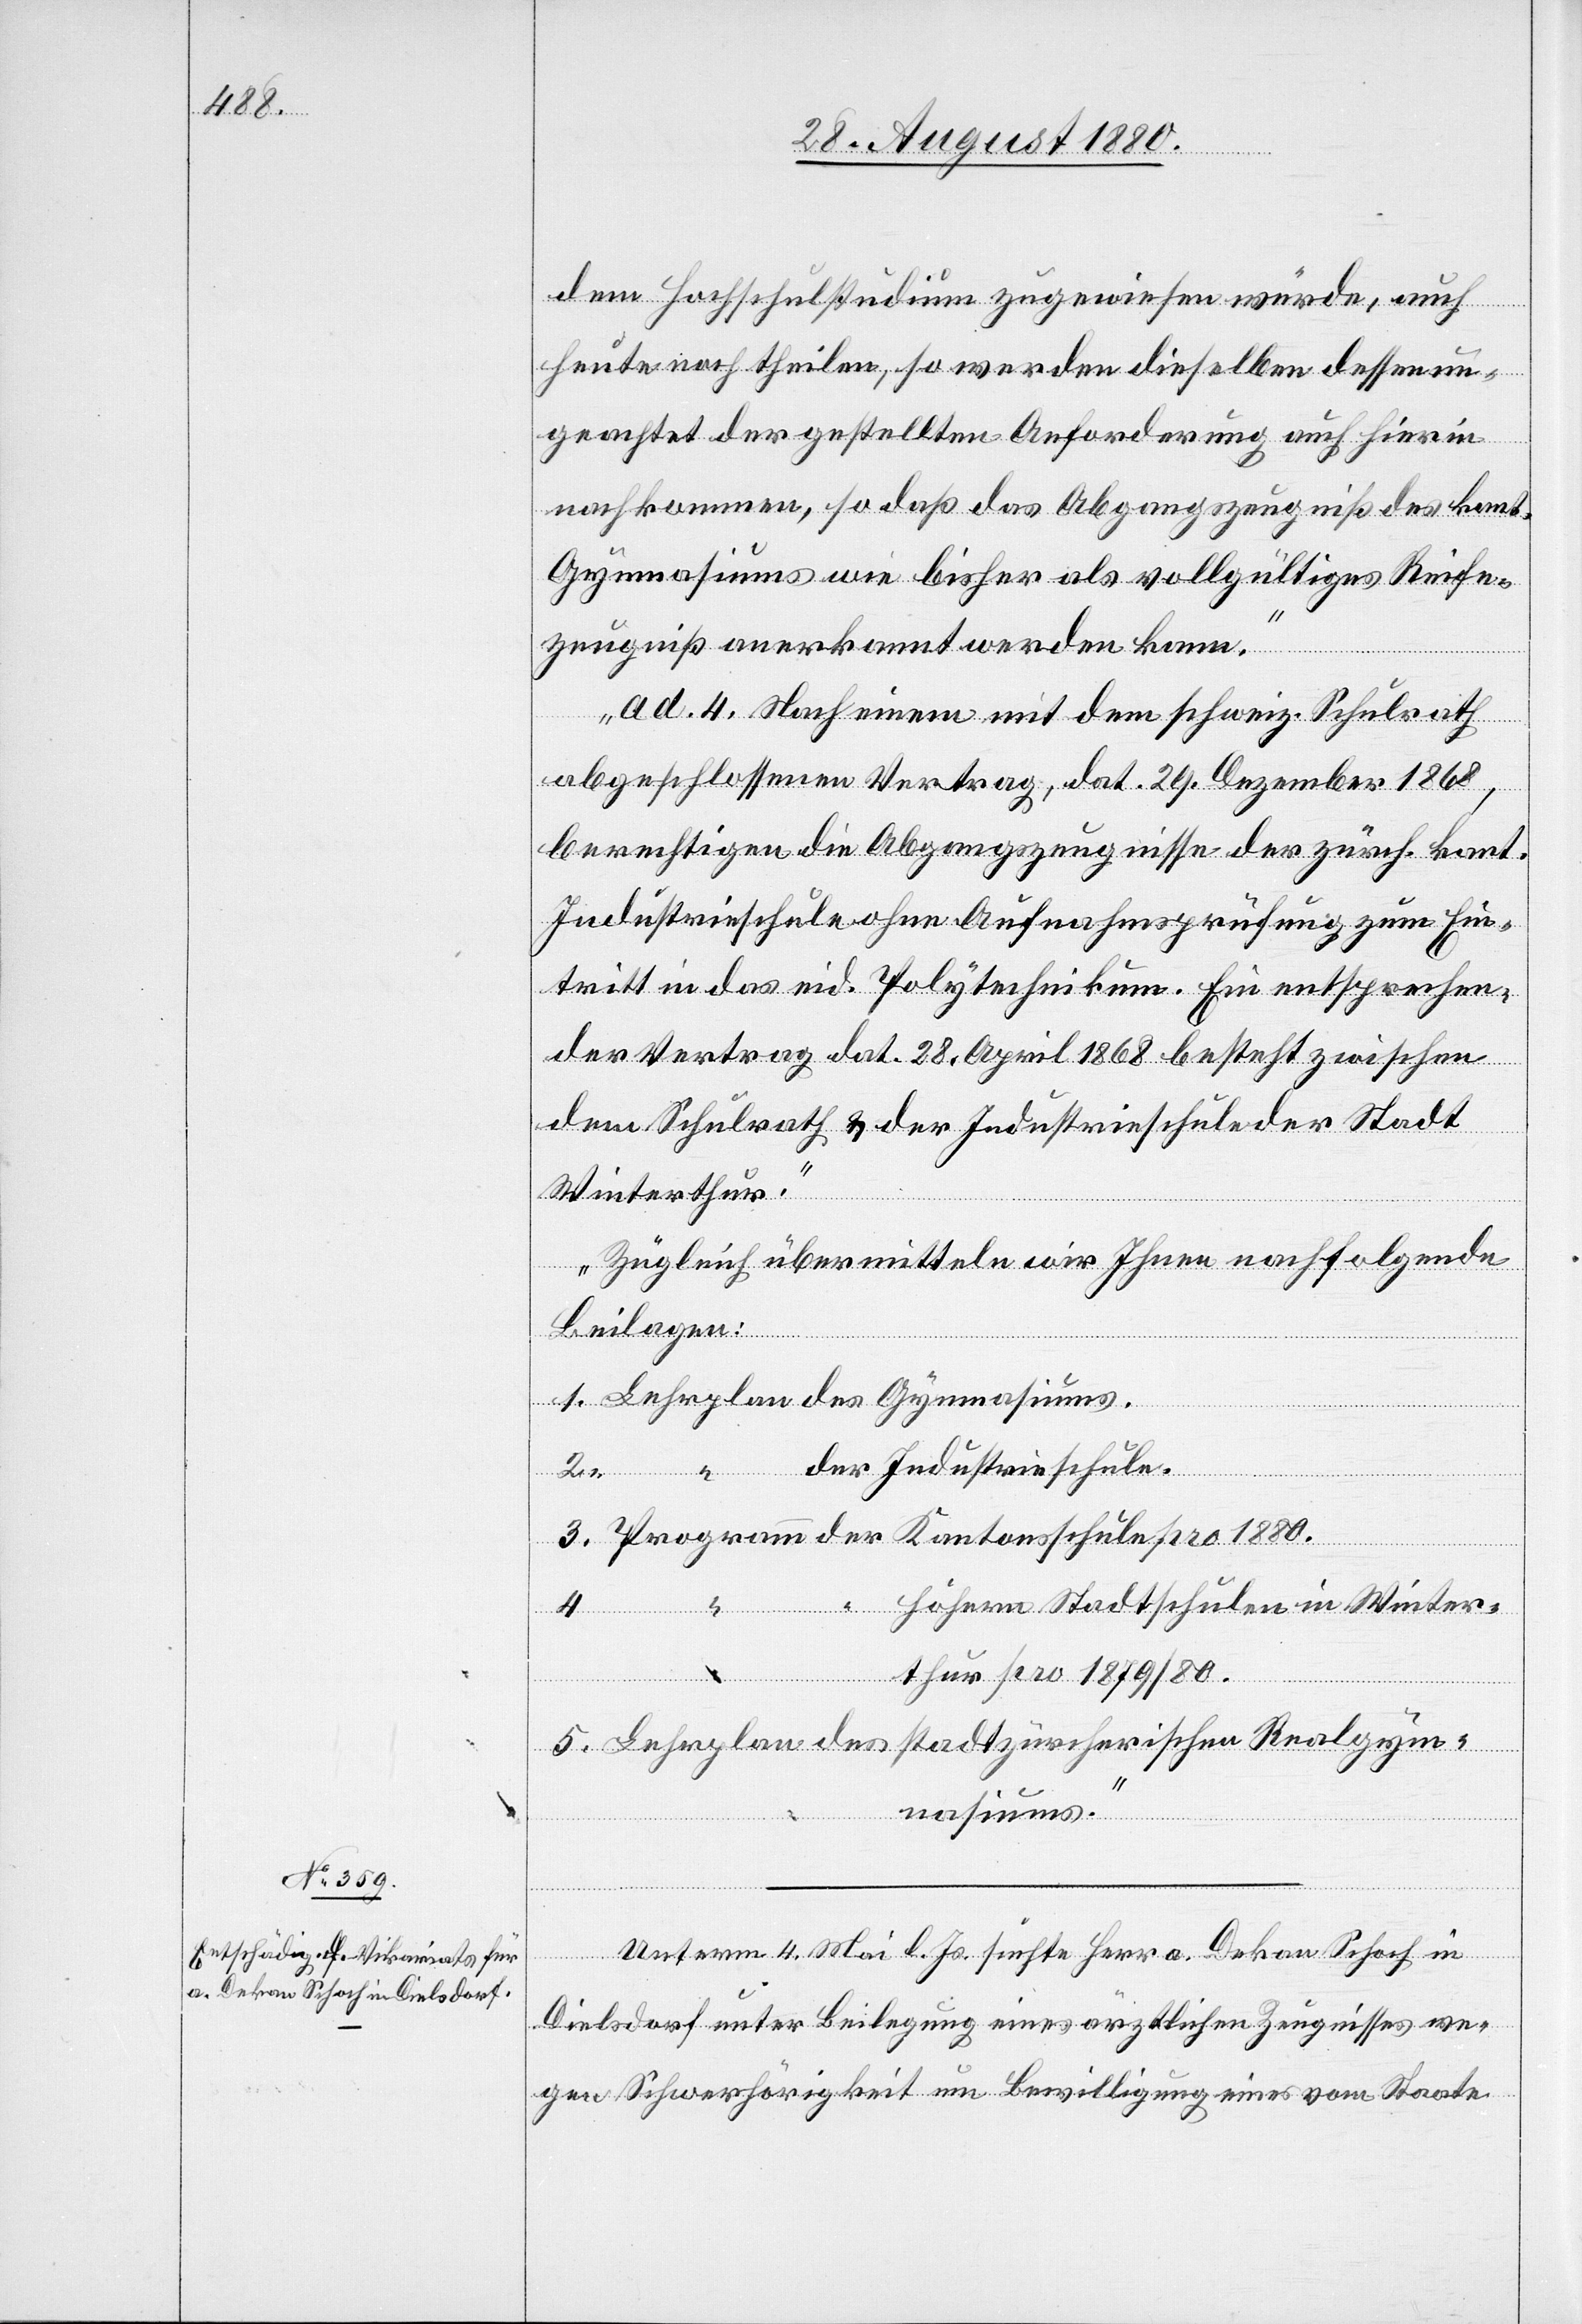
1880.

dem Hochschulstudium zugewiesen würde, auch
heute noch theilen, so werden dieselben dessen un¬
geachtet der gestellten Anforderung auch hierin
5.
nachkommen, so daß das Abgangszeugniß des kant.
Gymnasiums wie bisher als vollgültiges Reife¬
zeugniß anerkannt werden kann.
3.
ad. 4. Nach einem mit dem schweiz. Schulrath
abgeschlossenen Vertrag, dat. 29. Dezember 1868,
berechtigen die Abgangszeugnisse der zürch. kant.
Industrieschule ohne Aufnahmsprüfung zum Ein¬
tritt in das eid. Polytechnikum. Ein entsprechen¬
der Vertrag dat. 28. April 1868 besteht zwischen
dem Schulrath & der Industrieschule der Stadt
Winterthur.
Zugleich übermitteln wir Ihnen nachfolgende
Beilagen:
Lehrplan
Realgym¬
ürcherischen
höhern Stadtschule in Winter¬
4.
thur pro 1879/80.
nasiums.“
Indus¬
Unterm 4. Mai l. Js. suchte Herr a. Dekan Schoch in
Dielsdorf unter Beilegung eines ärztlichen Zeugnisses we¬
gen Schwerhörigkeit um Bewilligung eines vom Staate